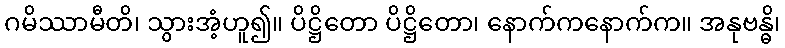
ဂမိဿာမီတိ၊ သွားအံ့ဟူ၍။ ပိဋ္ဌိတော ပိဋ္ဌိတော၊ နောက်ကနောက်က။ အနုဗန္ဓိ၊